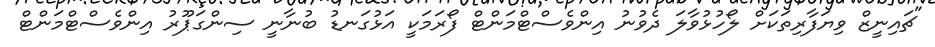
"ޗައިނީޒް ވިޔަފާރިތަކަށް ލޯހުޅުވާލަ ދެވުނު އިންވެސްޓްމަންޓް ފޯރަމަކީ އަޅުގަނޑު ބުނާނީ ސިންގަޕޫރު އިންވެސްޓްމަންޓް